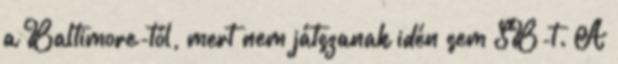
a Baltimore-tól, mert nem játszanak idén sem SB-t. A